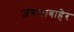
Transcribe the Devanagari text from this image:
जंगलाबाहेर